Civil Veterinary Dept. Assam report 1927-50 - 1927-1950
Year: 1927
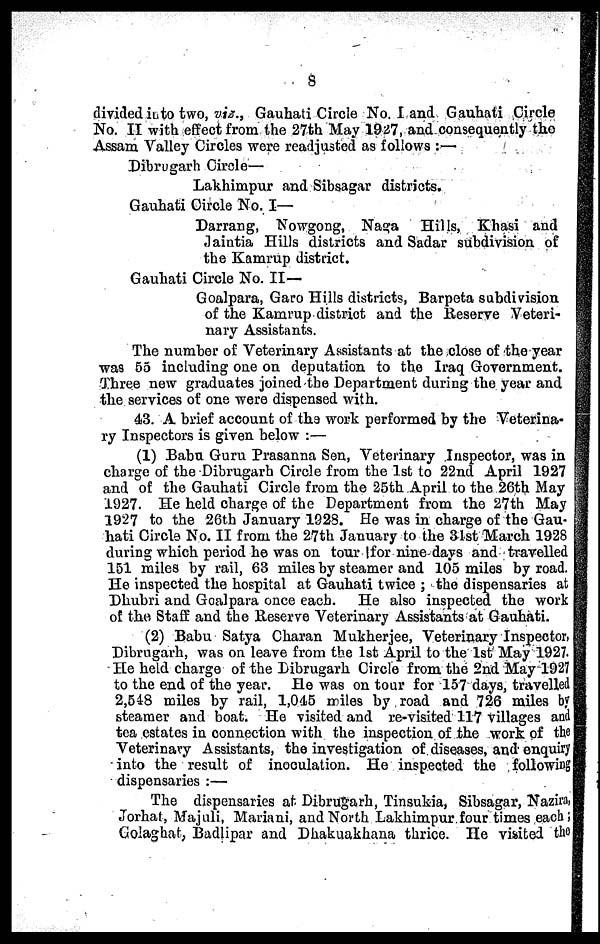
8
divided into two, viz., Gauhati Circle No. I and Gauhati Circle
No. II with effect from the 27th May 1927, and consequently the
Assam Valley Circles were readjusted as follows :—
Dibrugarh Circle—
Lakhimpur and Sibsagar districts.
Gauhati Circle No. I—
Darrang, Nowgong, Naga Hills, Khasi and
Jaintia Hills districts and Sadar subdivision of
the Kamrup district.
Gauhati Circle No. II—
Goalpara, Garo Hills districts, Barpeta subdivision
of the Kamrup district and the Reserve Veteri-
nary Assistants.
The number of Veterinary Assistants at the close of the year
was 55 including one on deputation to the Iraq Government.
Three new graduates joined the Department during the year and
the services of one were dispensed with.
43. A brief account of the work performed by the Veterina-
ry Inspectors is given below :—
(1) Babu Guru Prasanna Sen, Veterinary Inspector, was in
charge of the Dibrugarh Circle from the 1st to 22nd April 1927
and of the Gauhati Circle from the 25th April to the 26th May
1927. He held charge of the Department from the 27th May
1927 to the 26th January 1928. He was in charge of the Gau-
hati Circle No. II from the 27th January to the 31st March 1928
during which period he was on tour for nine days and travelled
151 miles by rail, 63 miles by steamer and 105 miles by road.
He inspected the hospital at Gauhati twice ; the dispensaries at
Dhubri and Goalpara once each. He also inspected the work
of the Staff and the Reserve Veterinary Assistants at Gauhati.
(2) Babu Satya Charan Mukherjee, Veterinary Inspector.
Dibrugarh, was on leave from the 1st April to the 1st May 1927.
He held charge of the Dibrugarh Circle from the 2nd May 1927
to the end of the year. He was on tour for 157 days, travelled
2,548 miles by rail, 1,045 miles by road and 726 miles by
steamer and boat. He visited and re-visited 117 villages and
tea estates in connection with the inspection of the work of the
Veterinary Assistants, the investigation of diseases, and enquiry
into the result of inoculation. He inspected the following
dispensaries :—
The dispensaries at Dibrugarh, Tinsukia, Sibsagar, Nazira,
Jorhat, Majuli, Mariani, and North Lakhimpur four times each;
Golaghat, Badlipar and Dhakuakhana thrice. He visited the